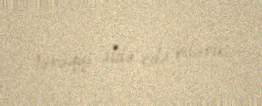
tərəqqi əldə edə bilərik.